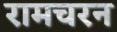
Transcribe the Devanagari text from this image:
रामचरन